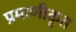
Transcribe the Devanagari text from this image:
प्रमाणीकृत